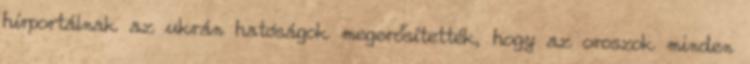
hírportálnak az ukrán hatóságok megerősítették, hogy az oroszok minden